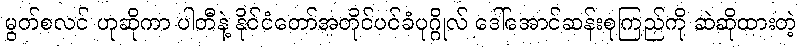
မွတ်စလင် ဟုဆိုကာ ပါတီနဲ့ နိုင်ငံတော်အတိုင်ပင်ခံပုဂ္ဂိုလ် ဒေါ်အောင်ဆန်းစုကြည်ကို ဆဲဆိုထားတဲ့